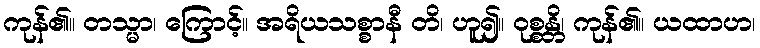
ကုန်၏။ တသ္မာ၊ ကြောင့်။ အရိယသစ္စာနီ တိ၊ ဟူ၍။ ဝုစ္စန္တိ၊ ကုန်၏။ ယထာဟ၊